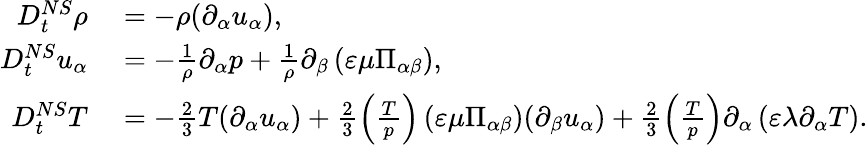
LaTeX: \begin{array}{rl}{D_{t}^{NS}\rho}&{{}=-\rho(\partial_{\alpha}u_{\alpha}),}\\ {D_{t}^{NS}u_{\alpha}}&{{}=-\frac{1}{\rho}\partial_{\alpha}p+\frac{1}{\rho}\partial_{\beta}\left(\varepsilon\mu\Pi_{\alpha\beta}\right),}\\ {D_{t}^{NS}T}&{{}=-\frac{2}{3}T(\partial_{\alpha}u_{\alpha})+\frac{2}{3}\left(\frac{T}{p}\right)\left(\varepsilon\mu\Pi_{\alpha\beta}\right)(\partial_{\beta}u_{\alpha})+\frac{2}{3}\left(\frac{T}{p}\right)\partial_{\alpha}\left(\varepsilon\lambda\partial_{\alpha}T\right).}\end{array}